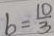
b = \frac { 1 0 } { 3 }